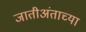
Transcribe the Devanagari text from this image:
जातीअंताच्या